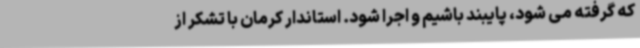
که گرفته می شود، پایبند باشیم و اجرا شود. استاندار کرمان با تشکر از